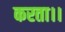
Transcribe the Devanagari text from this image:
करता।।